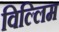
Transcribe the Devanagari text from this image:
विल्लिम